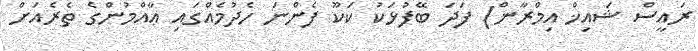
ރައީސް ޝައިޚް އިމްރާން) ފަދަ ބޭފުޅަކު ކަކޫ ފެންނަ ހެދުމެއްގައި ޢާއްމުންގެ ތެރެއަށް